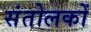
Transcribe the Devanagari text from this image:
संतोलकों